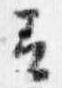
云